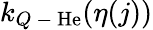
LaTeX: k_{Q\mathrm{~-~}\mathrm{He}}(\eta(j))